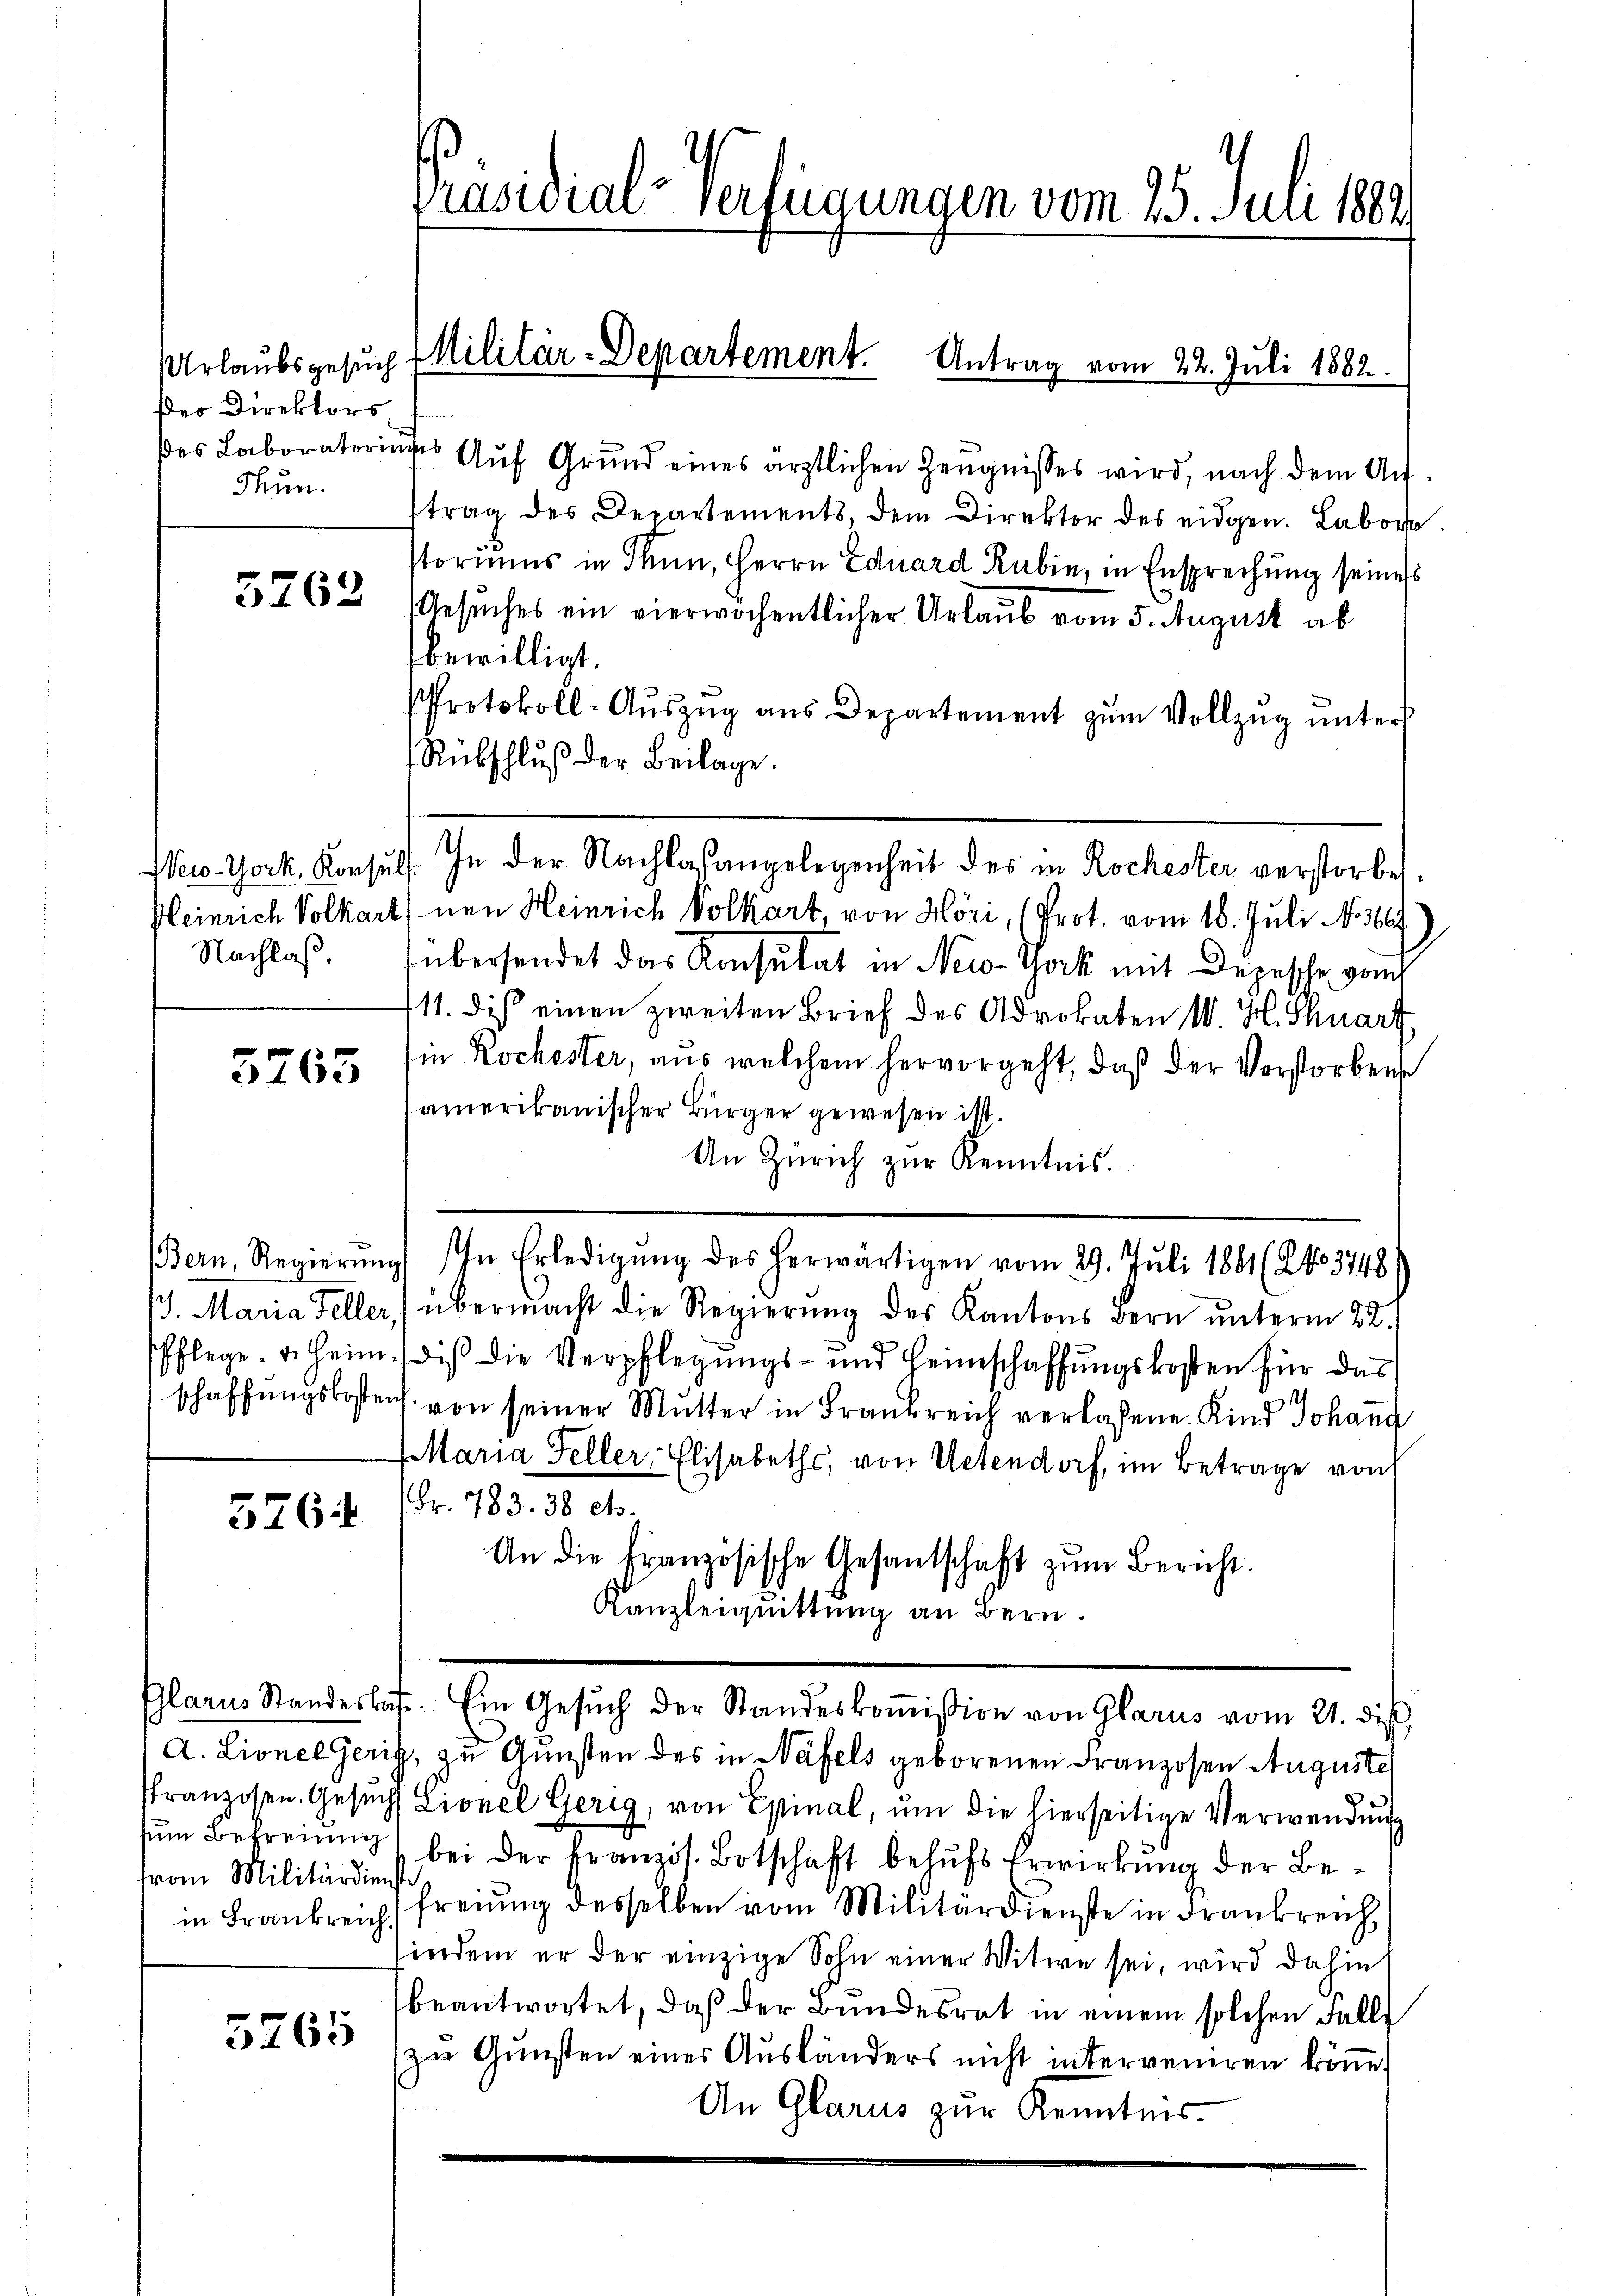
Der Direktors
Hun.

5765

es Laboraterings Aŭf Grŭnd eines ärztlichen Zeŭgnisses wird, nach dem Auf-
trag des Departements, dem Direktor des eidgen. Labore
storius in Thun, Herrn Eduard Rubin, in Ensprechung seines
5762 Gesuches ein vierwöchentlicher Urlaub vom 5. August ab
bewilligt.
Protokoll-Auszug aus Departement zum Vollzug unter
Rübschluß der Beilage.
New-York, Konsuls. In der Nachlaßangelegenheit des in Rochester verstorbe¬
Kleinrich Volkart (neu Heinrich Volkart, von Höri, (Prot. vom 18. Juli No 3667)
Nachlaβ. übersendet das Konsulat in New-York mit Deinsche vom
11. dies einen zweiten Brief des Advokaten W. H. Schuart
in Rochester, aus welchem hervorgeht, daß der Vorstorbens
amerikanischer Bürger gewesen ist.
An Zürich zur Kenntnis.
Bern, Regierŭng. In Erledigŭng des herwärtigen vom 29. Juli 1881 (2103748
/. Maria Feller übermacht die Regierung des Kantons Bern unterm 22.
Pflege. u. heim, (dis die Verpflegŭngs- und Heimschaffŭngskosten für das
schaffŭngskostens von seiner Mutter in Frankreich verlassene Kind Johann
Maria Feller, Elisabeths, von Uetendorf, im Betrage von
Fr. 783. 38 etc.
5764
An die Französische Gesantschaft zŭm Bericht.
Kanzleiquittung an Bern.
Glarus Standesbat. Ein Gesŭch der Standeskoṁission von Glarus vom 21. diβ,
A. Lionel Gerig, zu Gunsten des in Näfels geborenen Franzosen Auguste
ranzosen. Gesuch Lionel Gerig, von Epinal, um die hierseitige Verwendung
ŭm Befreiung bei der Französ. Botschaft behŭfs Erwirkung der Bevom Militärdien
in Frankreich freiung desselben vom Militärdienste in Frankreich,
indem er der einzige Sohn einer Witwe sei, wird dahin
beantwortet, daß der Bundesrat in einem solchen Falle
5265
zu Gunsten einer Ausländers nicht interveniren könne.
An Glarus zur Kenntnis.

Präsidial- verfügungen vom 25. Juni 1882

Urlaubsgesuch Militär-Departement. Antrag vom 22. Juli 1882